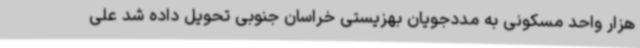
هزار واحد مسکونی به مددجویان بهزیستی خراسان جنوبی تحویل داده شد علی